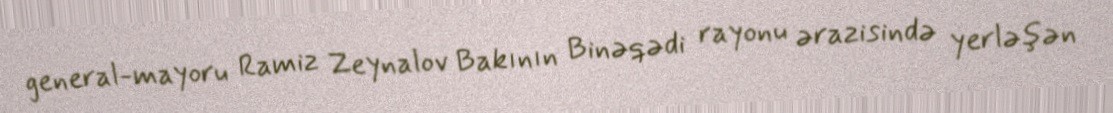
general-mayoru Ramiz Zeynalov Bakının Binəqədi rayonu ərazisində yerləşən